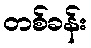
တစ်ခန်း